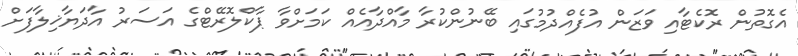
އެގޮތުން ރޮކެޓާއި ވަޒަން އުފެއްދުމުގައި ބޭނުންކުރާ މާއްދާއެއް ކަމަށްވާ ޕާކްލޮރޭޓްގެ އަސަރު އާދަޔާޚިލާފަށް